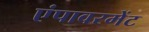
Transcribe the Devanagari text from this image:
एंपावरमेंट